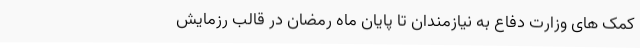
کمک های وزارت دفاع به نیازمندان تا پایان ماه رمضان در قالب رزمایش